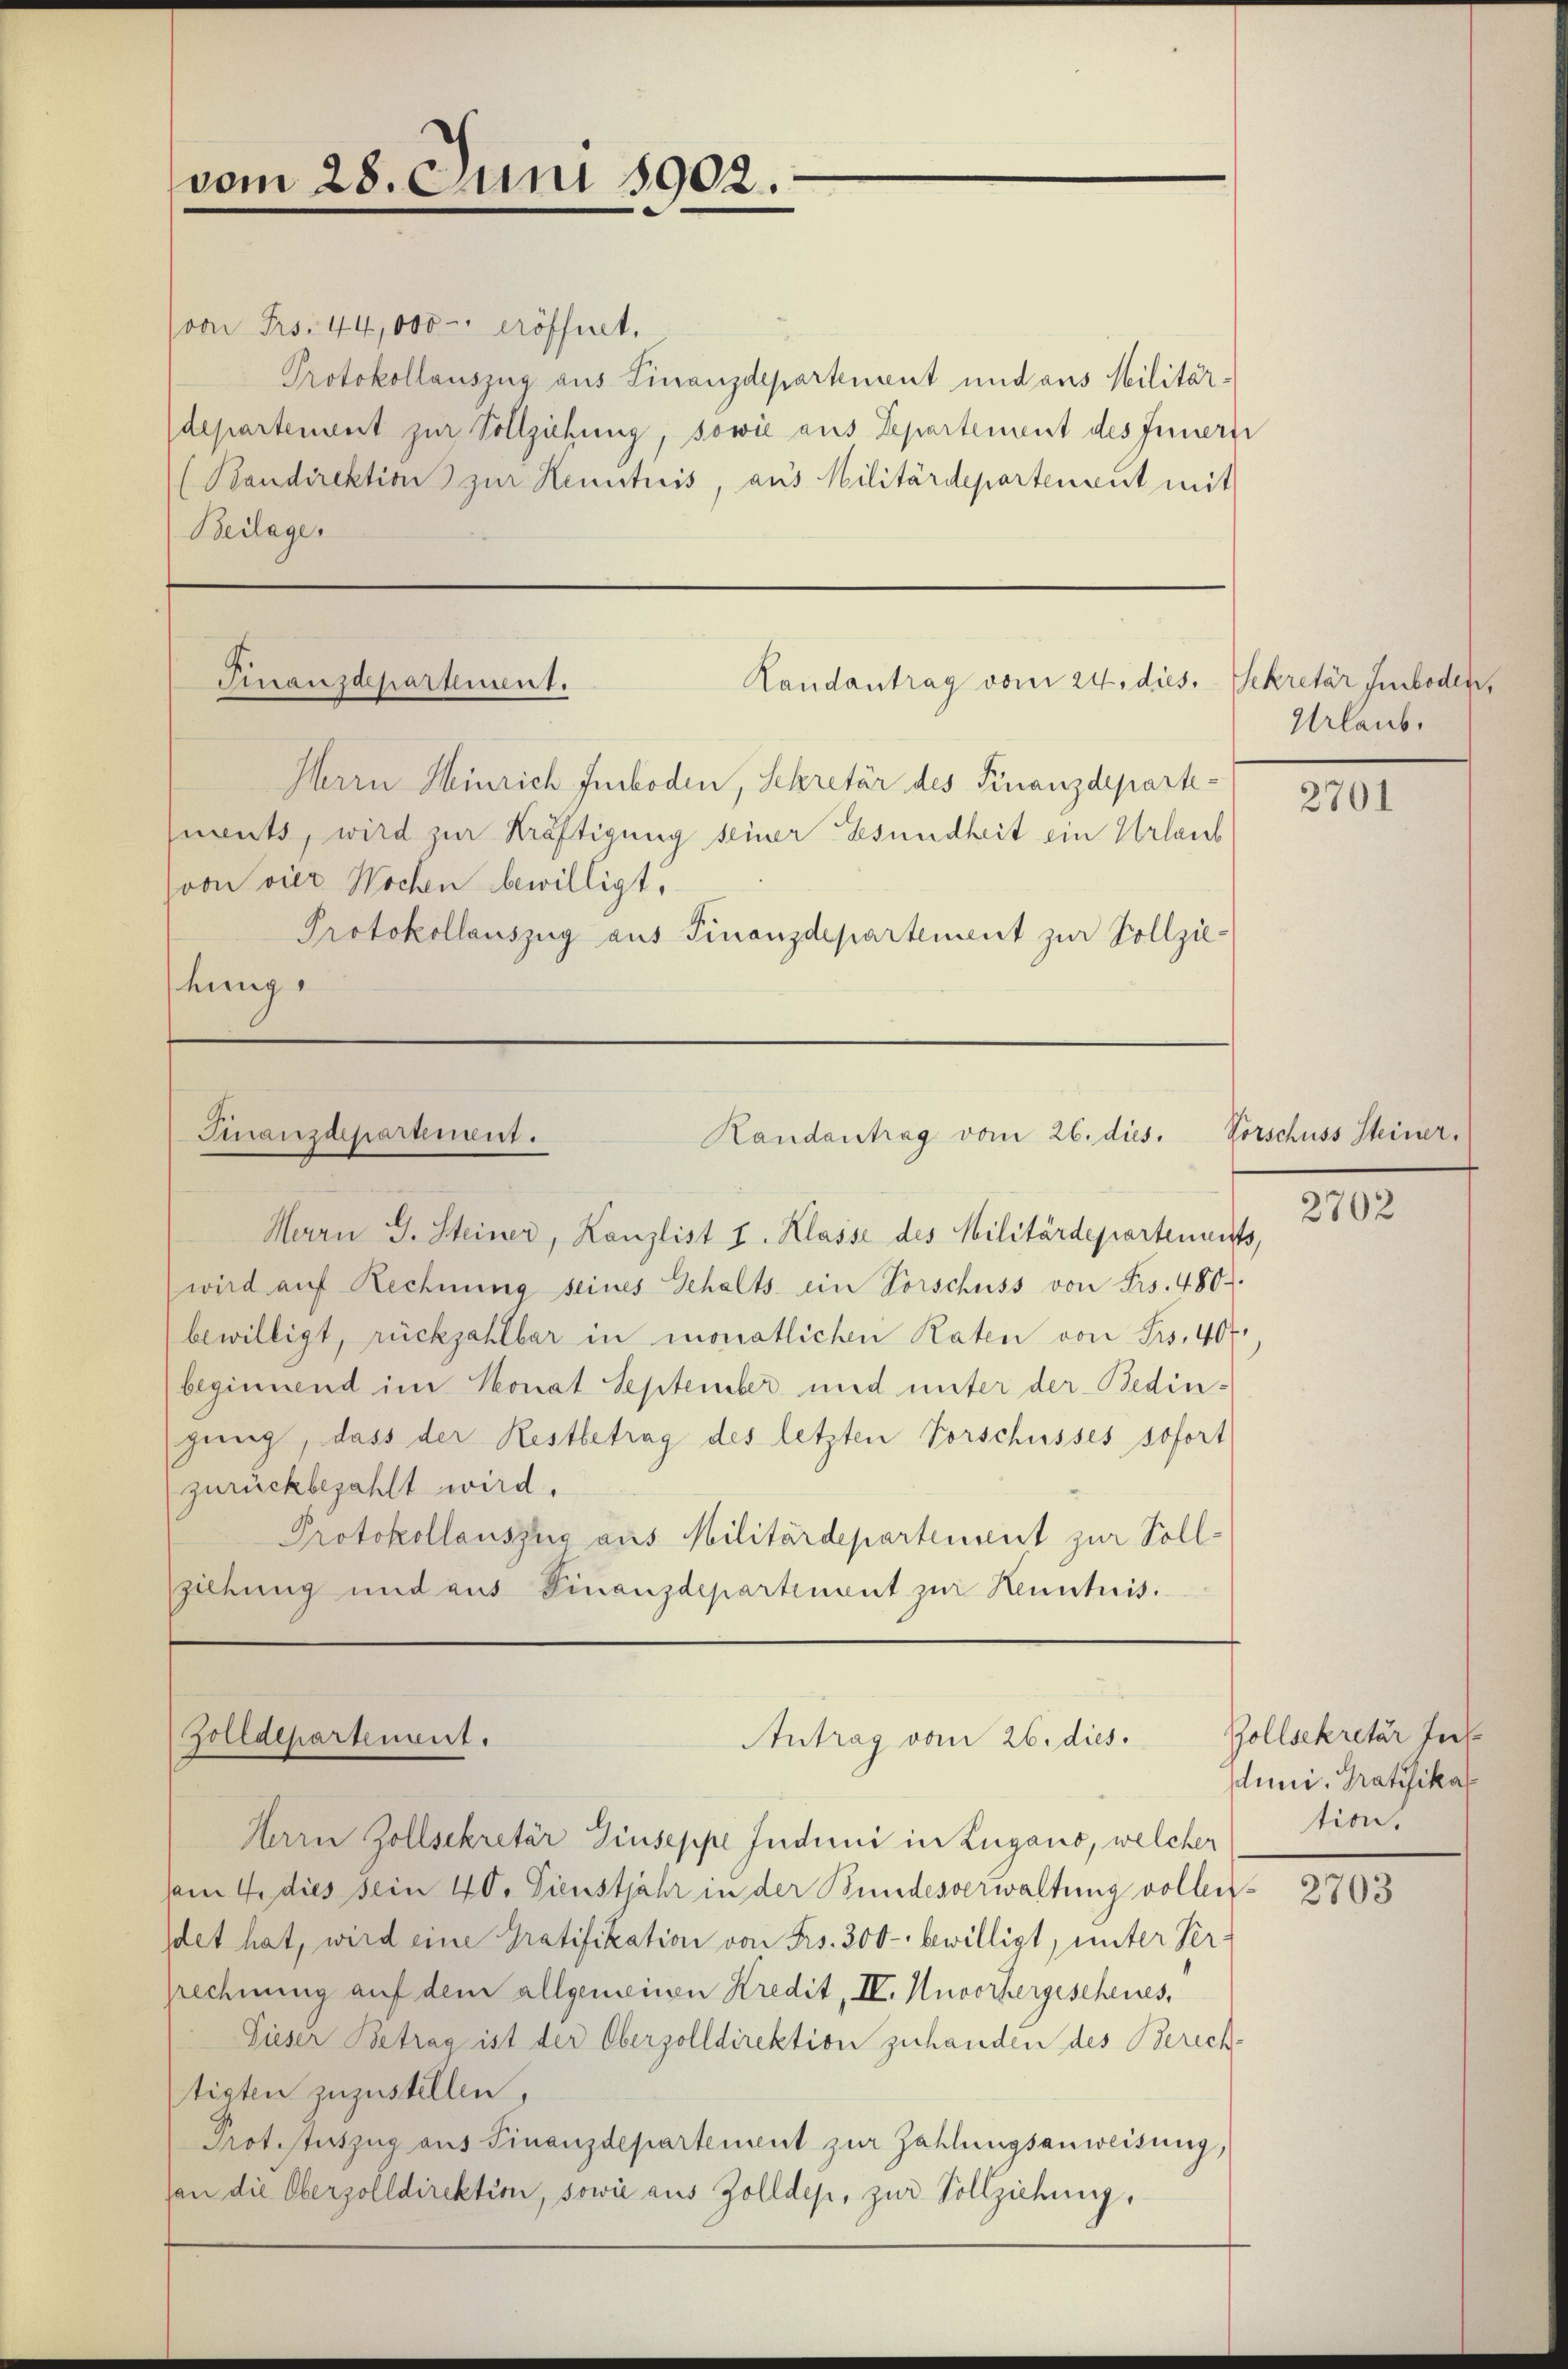
(von Frs. 44,000 eröffnet.
Protokollauszug aus Finanzdepartement und aus Militär-
departement zur Vollziehung, sowie aus Departement des Innerei
(Kandirektion zur Kenntnis, aus Militärdepartenant mit
Beilage.

Landantrag vom 24. dies. Sekretär Imboden,
Finanzdepartement.

Herrn Heinrich Imboden, Sekretär des Finanzdeparteements, wird zur Kräftigung seiner Gesundheit ein Urlaub
von vier Wochen bewilligt.
Protokollauszug aus Finanzdepartement zur Vollziehung

vom 28. Juni 1902.

Finanzdepartement.
Randantrag vom 26. dies.

Herrn J. Steiner, Kanzlist I. Klasse des Militärdepartements,
wird auf Rechnung seines Gehalts ein Vorschuss von Frs. 480.
bewilligt, rückzahlbar in monatlichen Raten von Frs. 40 f.
beginnend im Konat September und unter der Bedingung, dass der Restbetrag des letzten Vorschusses sofort
zurückbezahlt wird.
Protokollauszug aus Militärdepartement zur Vollziehung und aus Finanzdepartinent zur Kenntnis.

Zolldepartenait.
Antrag vom 26. dies.

Herrn Zollsekretär Giuseppe Jnduni in Zugano, welcher
vom 4. dies sein 40. Dienstjahr in der Bundesverwaltung vollendet hat, wird eine Gratifikation von Frs. 300 - bewilligt, unter Verprechnung auf dem allgemeinen Kredit, IV. Unvorhergescheines,
Dieser Betrag ist der Oberzolldirektion zuhanden des Berech
tigten zuzustellen,
Prof. Stuszug aus Finanzdepartement zur Zahlungsanweisung,
van die Oberzolldirektion, sowie aus Zolldep, zur Vollziehung,

Urlaub.

2701

Vorschuss Steiner.

2702

Zollsekretär Ins
duni. Gratifikat
tion.

2703